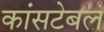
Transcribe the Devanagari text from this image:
कांसटेबल